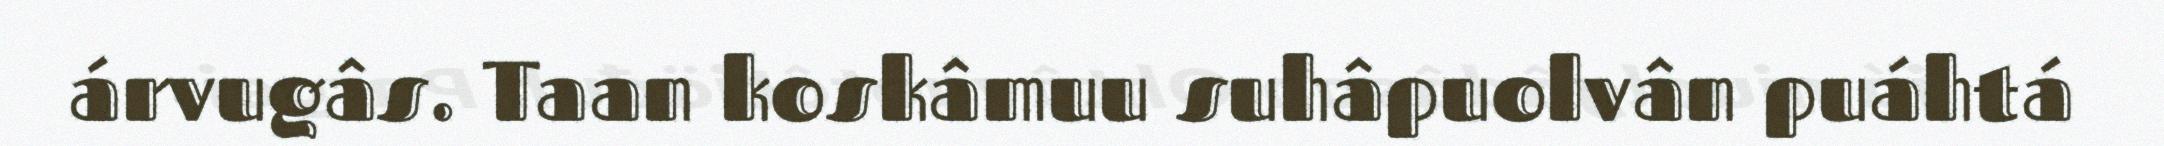
árvugâs. Taan koskâmuu suhâpuolvân puáhtá